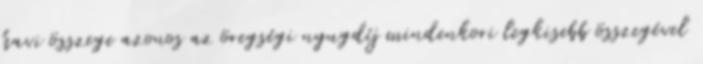
havi összege azonos az öregségi nyugdíj mindenkori legkisebb összegével